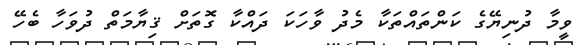
ވީމާ ދުނިޔޭގެ ކަންތައްތަކާ މެދު ވާހަކަ ދައްކާ ގޮތަށް ޤިޔާމަތް ދުވަހާ ބެހޭ